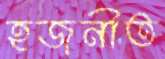
হজনীত